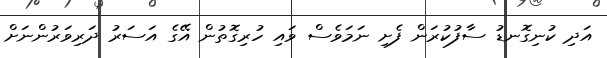
އަދި ކުނިގޮނޑު ސާފުކުރަން ފެށި ނަމަވެސް ވައި ހުރިގޮތުން އޭގެ އަސަރު ދަރިވަރުންނަށް